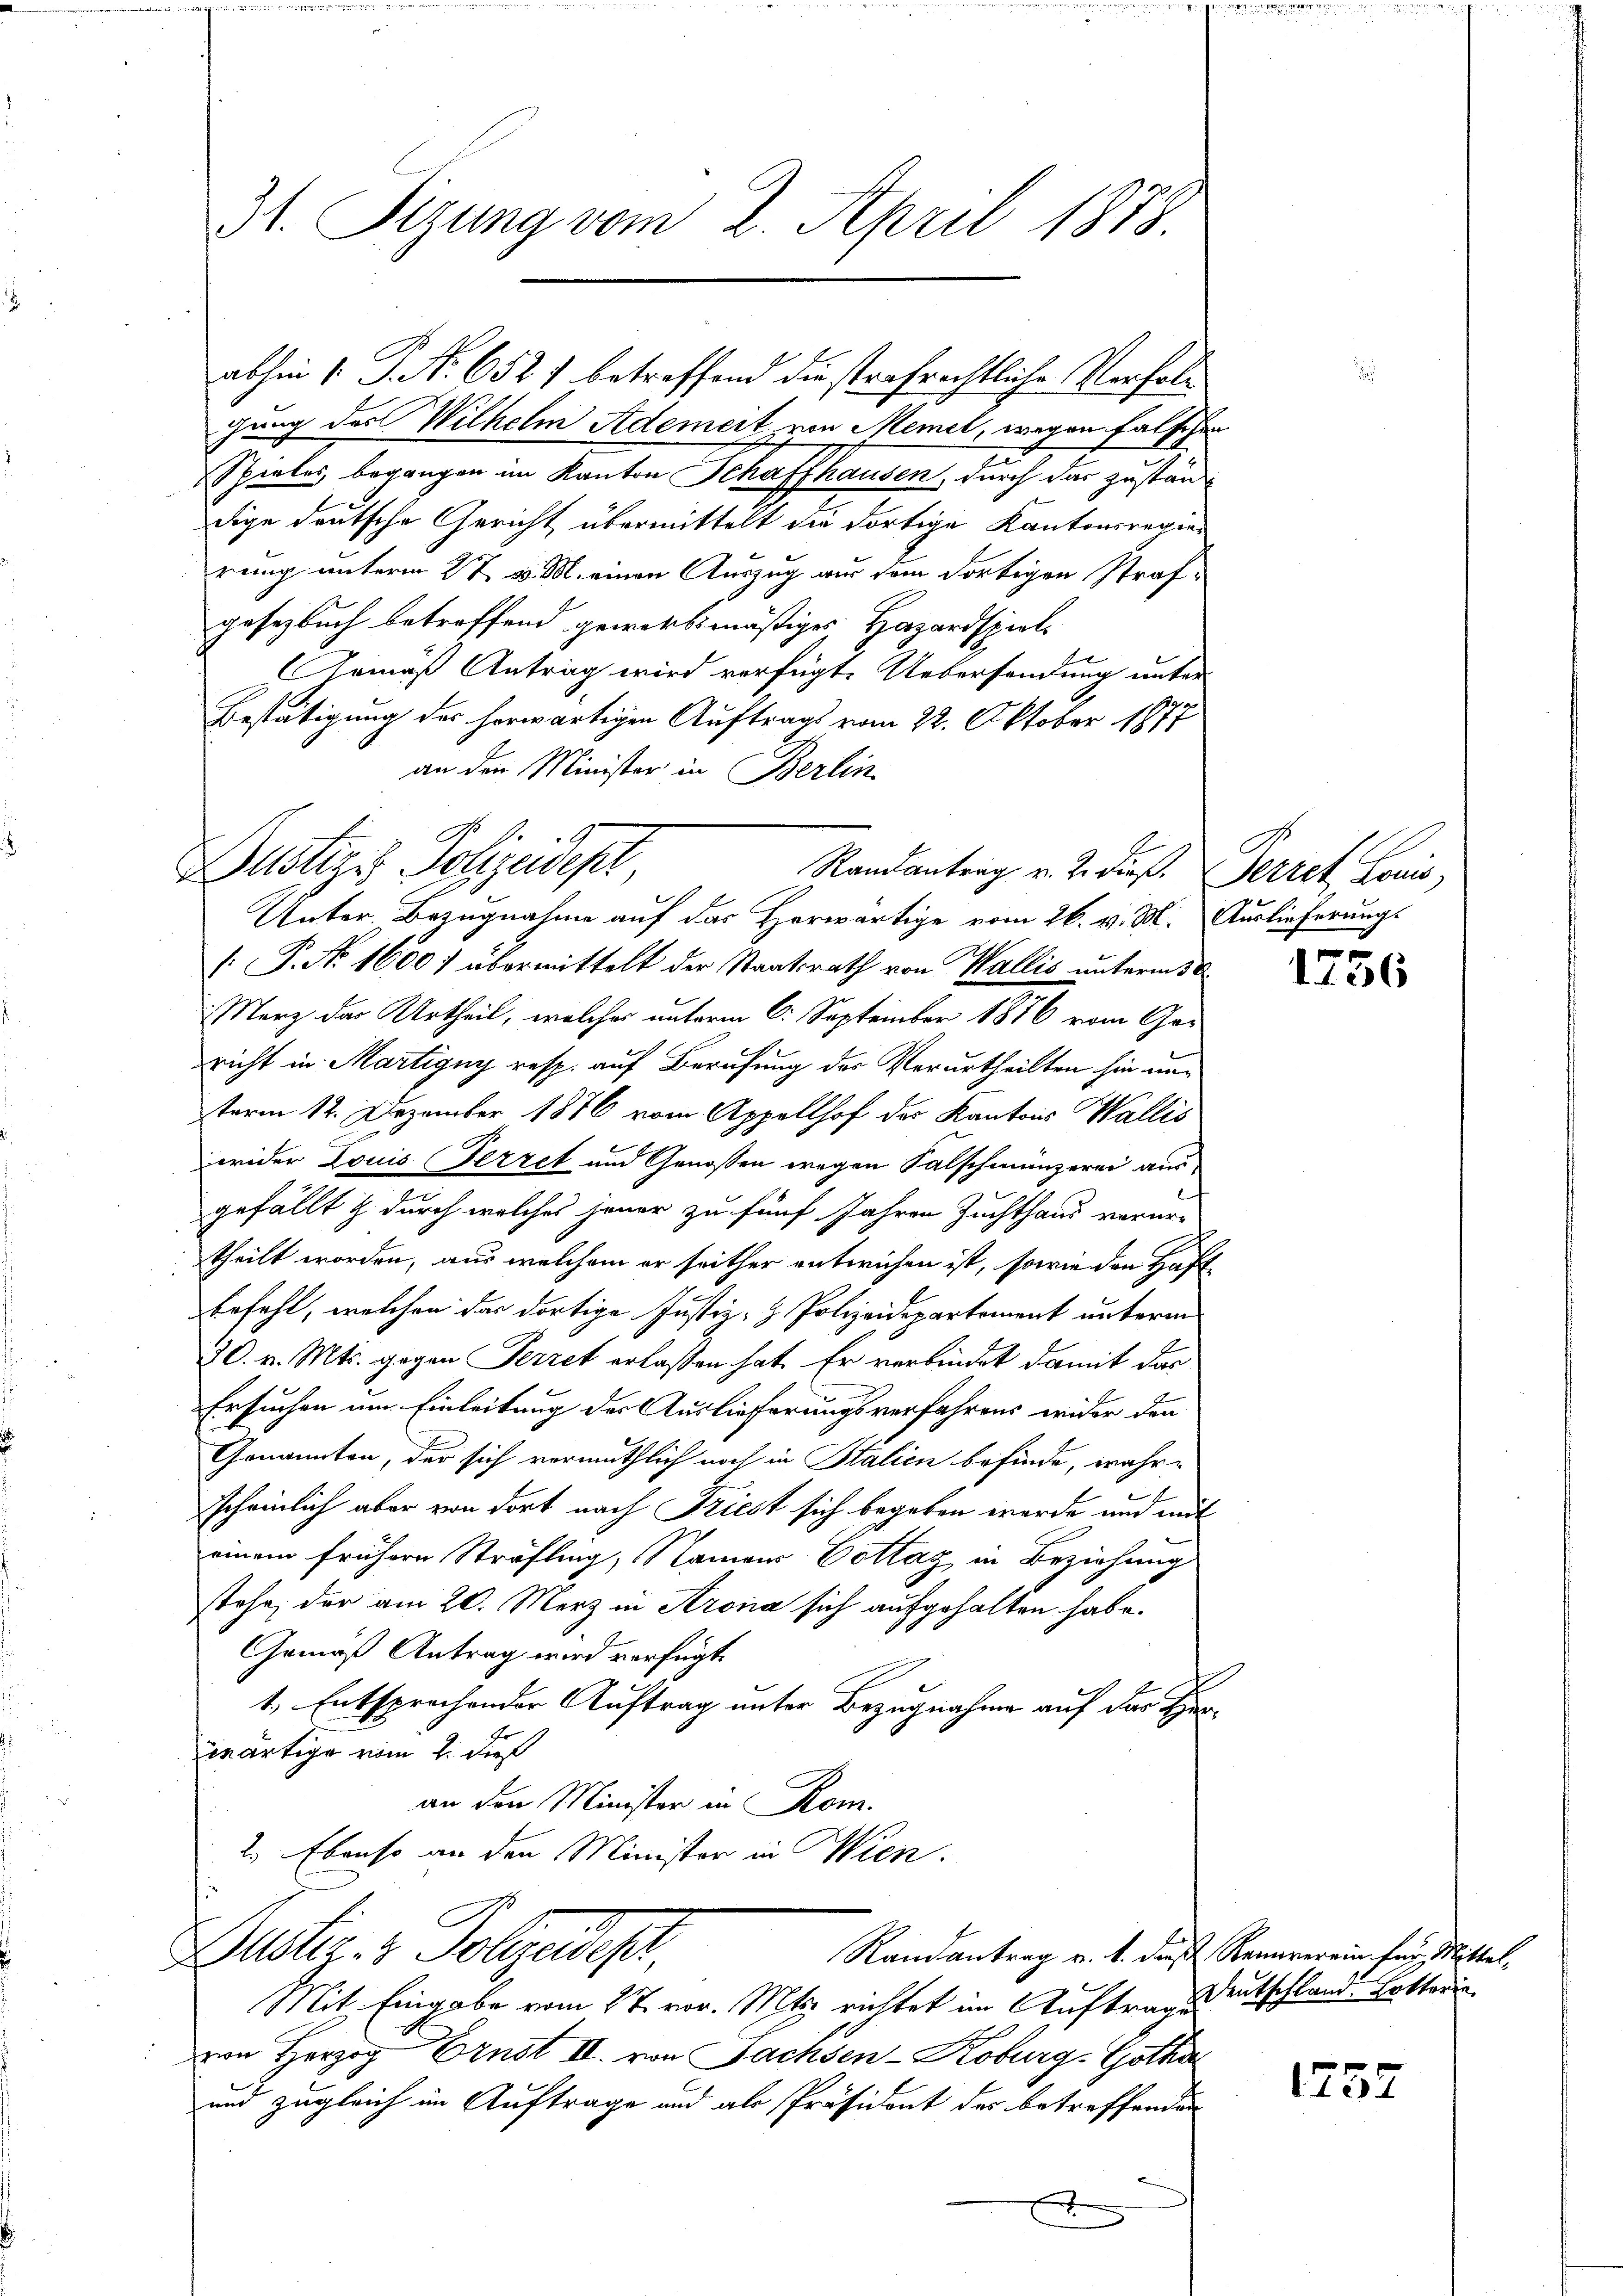
31. Sizung vom 2. April 1878

gung des Wilhelm Ademeit von Memel, wegen falschen
Spieles begangen im Kanton Schaffhausen, durch das zustand
dige deutsche Gericht übermittelt die dortige Kantonsregier
rung unterm 2 t v. M. einen Auszug aus dem dortigen Strafgesetzbuch betreffend gewerbsmäßiges Hazardspiel-
Gemäß Antrag wird verfügt. Uebersendung unter
Bestätigung des herwärtigen Auftrags vom 22. Oktober 1877
an den Minister in Berlin.

abhin 1. P. Nr. 652 7 betreffend die strafrechtliche Verfol¬

Dustiz & Polizeidept
Randantrag v. 2. dieß. Herret Louis,

Unter Bezugnahme auf das Horwärtige vom 26. v. M. Auslieferungs
 P. Nr. 1600 f übermittelt der Staatsrath von Wallis unterm 5
März das Urtheil, welches unterm 6. September 1876 vom Gericht in Martigny resp. auf Berufung des Verurtheilten hin nen
term 12. Dezember 1876 vom Appellhof der Kantons Wallis
wider Louis Terzet und Genossen wegen Salschmünzerei aus
s
gefällt & durch welches jener zu fünf Jahren Zuchthaus verur-
theilt worden, aus welchem er seither entwichen ist, sowie den Haft-
befehl, welchen das dortige Justiz- & Polizeidepartement unterm
70. v. Mts. gegen Perret erlassen hat. Er verbindet damit das
Ersuchen um Einleitung des Auslieferungsverfahrens wider den
Genannten, der sich vermuthlich noch in Italien befinde, wahrscheinlich aber von dort nach Friest sich begeben werde und mit
einem frühern Sträfling, Namens Dottag in Beziehung
stehe, der am 20. Merz in Arona sich aufgehalten habe.
Gemäß Antrag wird verfügt.
1., Entsprochender Auftrag unter Bezugnahme auf das Herwärtige vom 2. dieß
an den Minister in Rom.
2. Ebenso an den Minister in Wien.

Justiz- & Polgendes

Mit Eingabe vom 27. vor. Mts. richtet im Auftrage deutschland. Ersterin
von Herzog Ernst II. von Sachsen-Koburg-Gothan
und zugleich im Auftrage und als Präsident des betreffenden
f
2
x

E

136

Randantrag v. 1. dieß Rennerein für Mittel-

1752